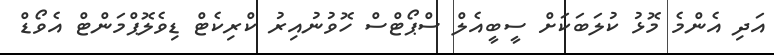
އަދި އެންމެ މޮޅު ކުލަބަކަށް ސީބީއެލް ސްޕޯޓްސް ހޮވުނުއިރު ކްރިކެޓް ޑިވެލޮޕްމަންޓް އެވޯޑް